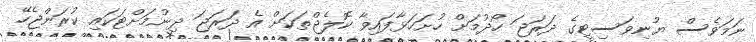
ނަމަވެސް ޔުނިވަސިޓީގެ ދަރަޖަ ހޯދުމަށް ހުށަހަޅާފައިވާ ކޮލެޖްތަކަށް އެ ދަރަޖަ ދިނުމަށްޓަކައި ކުރަންޖެހޭ